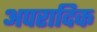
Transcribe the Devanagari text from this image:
अपरादिक